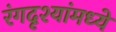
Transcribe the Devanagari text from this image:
रंगदृश्यांमध्ये